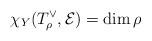
LaTeX: \begin{align*}\chi_Y(T_{\rho}^{\vee},\mathcal{E}) = \dim \rho \end{align*}